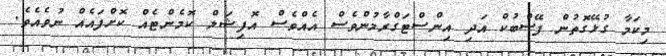
މިކަމާ ގުޅޭގޮތުން ފޭސްބުކް އަދި އިންސްޓަގްރާމުންވެސް އެއްވެސް އޮފިޝަލް ކޮމެންޓެއް ކޮށްފައެއް ނުވެއެވެ.